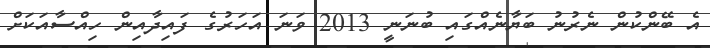
އެ ބޭންކުން ނެރުނު ބަޔާނެއްގައި ބުނަނީ 2013 ވަނަ އަހަރުގެ ފައިދާއިން ހިއްސާއަކަށް